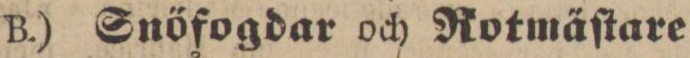
B.) Snöfogdar och Rotmäſtare